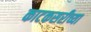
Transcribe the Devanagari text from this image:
काटकसरीच्या